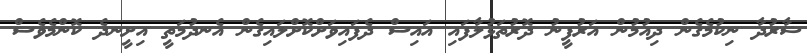
ޝާރުދާ ނިކުމެގެން ދިއުމުން އަރުފީނު ދޮރުތަޅުލާފައި އައިސް ދެފައިވަށްކޮށްލައިގެން އެނދުމަތީ އިށީނދެ ކޮންމެވެސް